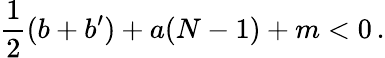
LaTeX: \frac 12(b+b^{\prime})+a(N-1)+m<0\, .